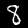
Label: 8